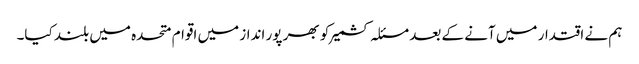
ہم نے اقتدار میں آنے کے بعد مسئلہ کشمیر کو بھر پور انداز میں اقوام متحدہ میں بلند کیا۔